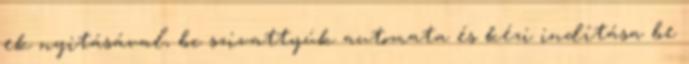
ek nyitásával, bc szivattyúk automata és kézi indítása be